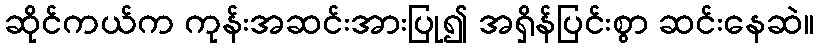
ဆိုင်ကယ်က ကုန်းအဆင်းအားပြု၍ အရှိန်ပြင်းစွာ ဆင်းနေဆဲ။